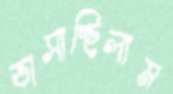
ভাসাচ্ছিলাম